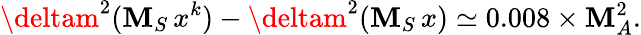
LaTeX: \deltam^{2}(\mathbf{M}_{S}\, x^{k})-\deltam^{2}(\mathbf{M}_{S}\, x)\simeq0.008\times\mathbf{M}_{A}^{2}.